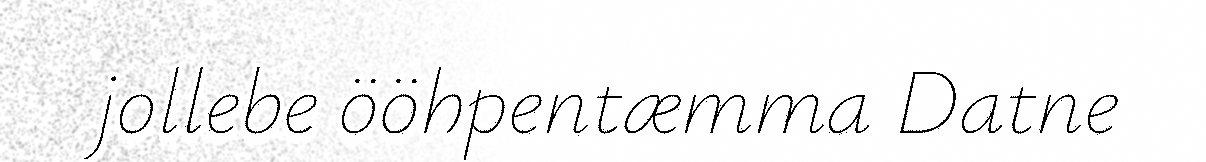
jollebe ööhpentæmma Datne